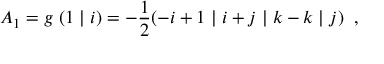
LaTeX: { \cal A } _ { 1 } = g \; ( 1 \; \vert \; i ) = - \frac { 1 } { 2 } ( - i + 1 \; \vert \; i + j \; \vert \; k - k \; \vert \; j ) \; \; ,